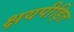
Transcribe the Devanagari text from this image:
क्षयपीड़ित